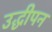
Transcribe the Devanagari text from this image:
उद्धीपन